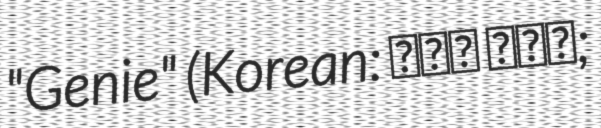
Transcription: "Genie" (Korean: 소원을 말해봐;